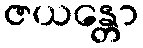
ဇယန္တော